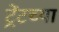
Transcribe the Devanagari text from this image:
ट्रेंटच्या